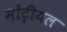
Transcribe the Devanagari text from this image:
मोंट्रीयल